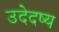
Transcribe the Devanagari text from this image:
उदेदष्य